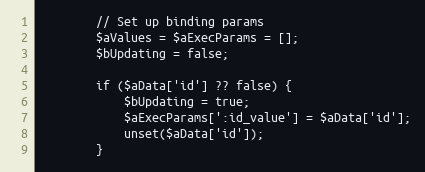
Language: PHP
        // Set up binding params
        $aValues = $aExecParams = [];
        $bUpdating = false;

        if ($aData['id'] ?? false) {
            $bUpdating = true;
            $aExecParams[':id_value'] = $aData['id'];
            unset($aData['id']);
        }